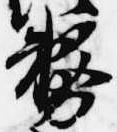
務